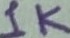
Text: 1K